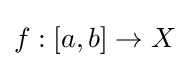
f:[a,b]\to X